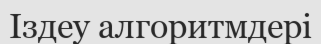
Іздеу алгоритмдері